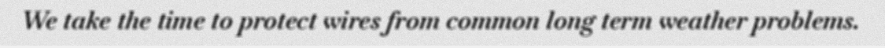
We take the time to protect wires from common long term weather problems.